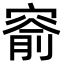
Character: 窬